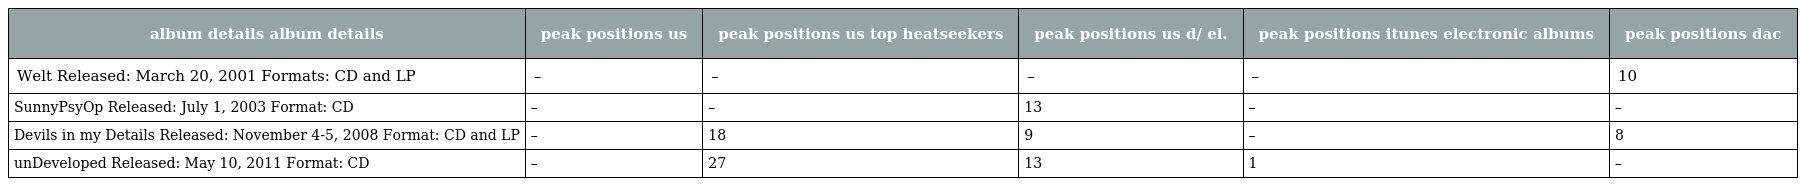
| album details album details | peak positions us | peak positions us top heatseekers | peak positions us d/ el. | peak positions itunes electronic albums | peak positions dac |
 | --- | --- | --- | --- | --- | --- |
 | Welt Released: March 20, 2001 Formats: CD and LP | – | – | – | – | 10 |
 | SunnyPsyOp Released: July 1, 2003 Format: CD | – | – | 13 | – | – |
 | Devils in my Details Released: November 4-5, 2008 Format: CD and LP | – | 18 | 9 | – | 8 |
 | unDeveloped Released: May 10, 2011 Format: CD | – | 27 | 13 | 1 | – |